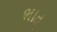
ભાતૢ